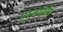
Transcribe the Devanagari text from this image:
साजगिरि